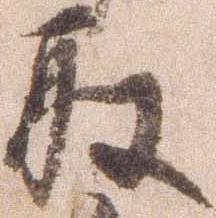
取